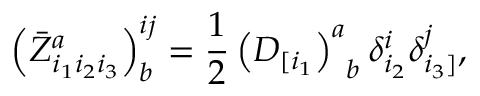
\left( \bar { Z } _ { i _ { 1 } i _ { 2 } i _ { 3 } } ^ { a } \right) _ { b } ^ { i j } = \frac { 1 } { 2 } \left( D _ { [ i _ { 1 } } \right) _ { \; \; b } ^ { a } \delta _ { i _ { 2 } } ^ { i } \delta _ { i _ { 3 } ] } ^ { j } ,